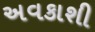
અવકાશી